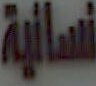
نسائية